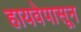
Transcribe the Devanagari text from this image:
हायवेपासून